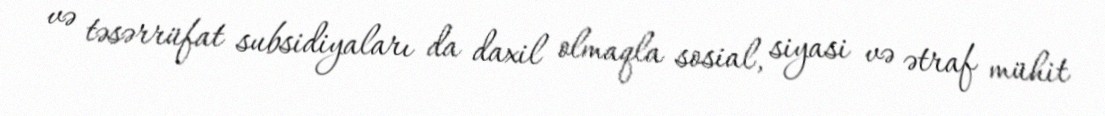
və təsərrüfat subsidiyaları da daxil olmaqla sosial, siyasi və ətraf mühit